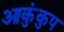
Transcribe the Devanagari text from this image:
आकुंकुप